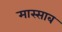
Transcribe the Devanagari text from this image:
मास्साब